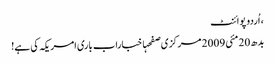
، اُردو پوائنٹ
بدھ 20 مئی 2009 مرکزی صفحہاخباراب باری امریکہ کی ہے!